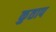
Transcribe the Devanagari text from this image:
कुताप